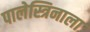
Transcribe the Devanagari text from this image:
पालेस्त्रिनाला